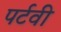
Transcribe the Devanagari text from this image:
पर्टवी